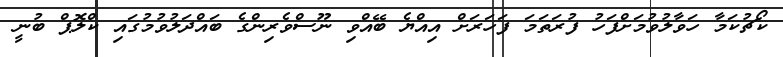
ކޯޗުކަމާ ހަވާލުވުމަށްފަހު ފުރަތަމަ ފަހަރަށް އިއްޔެ ބޭއްވި ނޫސްވެރިންގެ ބައްދަލުވުމުގައި ކްލޮޕް ބުނީ